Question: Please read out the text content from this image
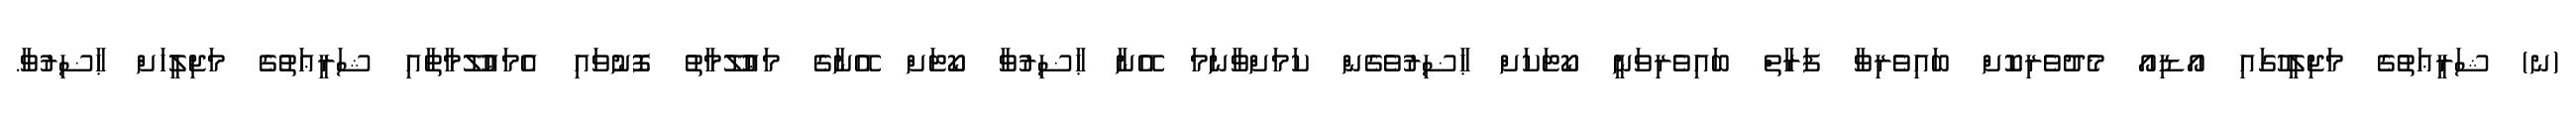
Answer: (ނ) ޝަރީޢަތުގެ މަޖިލީހުގައި އޯޑިއޯ މެދުވެރިކޮށް ބައިވެރިވާ ފަރާތް ބައިވެރިވަނީ ކޯޓަކަށް ޙާޟިރުވެގެން ކަމަށްވާނަމަ އޭނާ ޙާޟިރުވާ ކޯޓަށް އޭނާގެ މަޢުލޫމާތު ފޮނުވައި އެމަޢުލޫމާތާއި ޝަރީޢަތުގެ މަޖިލީހަށް ޙާޟިރުވާ.